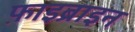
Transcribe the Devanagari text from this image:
फ़ाइब्राइन